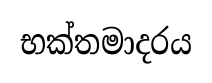
භක්තමාදරය